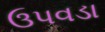
ઉપવડા